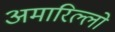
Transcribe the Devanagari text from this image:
अमारिल्लो